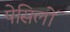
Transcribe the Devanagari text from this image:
पेसिलों